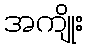
အကျိုး